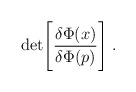
\begin{align*}{\rm det}\Bigg[ {\delta \Phi (x) \over \delta \Phi (p)}\Bigg] \;.\end{align*}